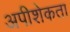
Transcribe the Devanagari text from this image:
अपीशेकता